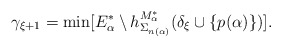
\begin{align*}\gamma_{\xi+1} = \min [ E^*_\alpha \setminus h^{M^*_\alpha}_{\Sigma_{n(\alpha)}}(\delta_\xi\cup\{p(\alpha)\}) ].\end{align*}